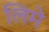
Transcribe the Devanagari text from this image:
लिमे